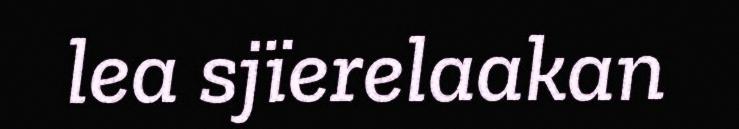
lea sjïerelaakan